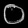
Digit: ၀